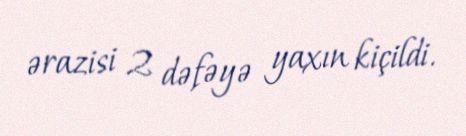
ərazisi 2 dəfəyə yaxın kiçildi.